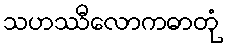
သဟဿီလောကဓာတုံ